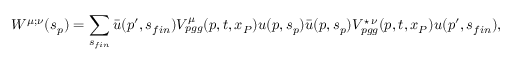
W ^ { \mu ; \nu } ( s _ { p } ) = \sum _ { s _ { f i n } } \bar { u } ( p ^ { \prime } , s _ { f i n } ) V _ { p g g } ^ { \mu } ( p , t , x _ { P } ) u ( p , s _ { p } ) \bar { u } ( p , s _ { p } ) V _ { p g g } ^ { \star \, \nu } ( p , t , x _ { P } ) u ( p ^ { \prime } , s _ { f i n } ) ,